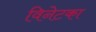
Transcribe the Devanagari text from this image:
विनेटका